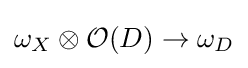
\omega _{X}\otimes {\mathcal {O}}(D)\to \omega _{D}